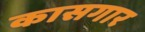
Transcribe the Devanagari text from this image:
कासगार